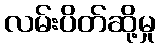
လမ်းပိတ်ဆို့မှု